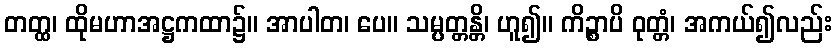
တတ္ထ၊ ထိုမဟာအဋ္ဌကထာ၌။ အာပါတ၊ ပေ။ သမ္ပတ္တန္တိ၊ ဟူ၍။ ကိဉ္စာပိ ဝုတ္တံ၊ အကယ်၍လည်း